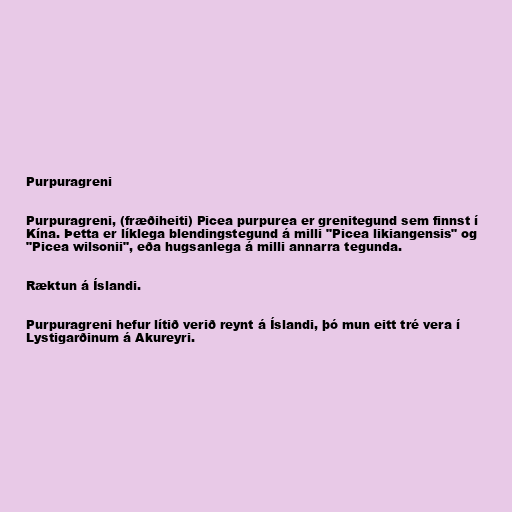
Purpuragreni

Purpuragreni, (fræðiheiti) Picea purpurea er grenitegund sem finnst í
Kína. Þetta er líklega blendingstegund á milli "Picea likiangensis" og
"Picea wilsonii", eða hugsanlega á milli annarra tegunda.

Ræktun á Íslandi.

Purpuragreni hefur lítið verið reynt á Íslandi, þó mun eitt tré vera í
Lystigarðinum á Akureyri.